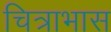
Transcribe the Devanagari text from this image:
चित्राभास